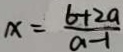
x = \frac { 6 + 2 a } { a - 1 }